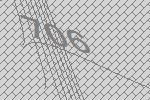
706